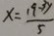
x = \frac { 1 9 - 3 y } { 5 }